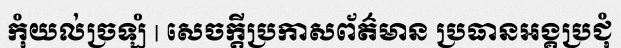
កុំយល់ច្រឡំ | សេចក្តីប្រកាសព័ត៌មាន ប្រធានអង្គប្រជុំ